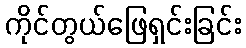
ကိုင်တွယ်ဖြေရှင်းခြင်း